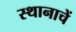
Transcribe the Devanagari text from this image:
स्थानाचें